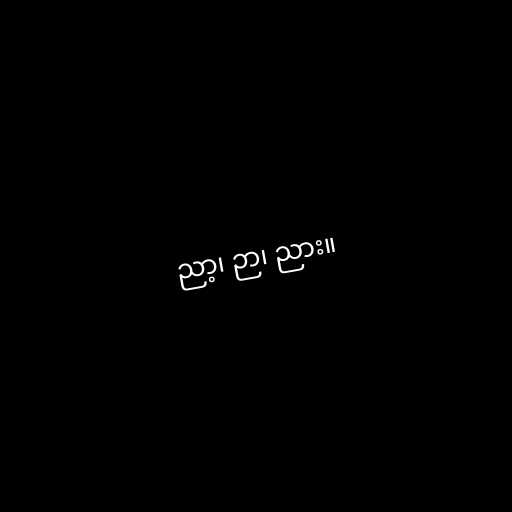
ညာ့၊ ဉာ၊ ညား။